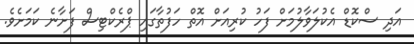
އަދި ސްކޮޑް އެކުލަވާލުމަށް ފަހު ކުރިއަށް އޮތް ހަފުތާގައި ޕްރެކްޓިސް ފަށާނެ ކަމަށެވެ.